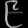
Digit: ၉